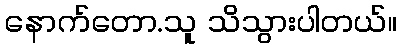
နောက်တော.သူ သိသွားပါတယ်။